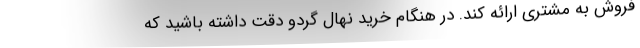
فروش به مشتری ارائه کند. در هنگام خرید نهال گردو دقت داشته باشید که